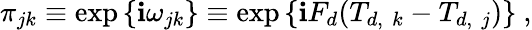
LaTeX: \pi_{jk}\equiv\exp{\{ \mathbf{i}\omega_{jk}\} }\equiv\exp{\{ \mathbf{i}F_{d}(T_{d,\, \, k}-T_{d,\, \, j})\} }\ ,